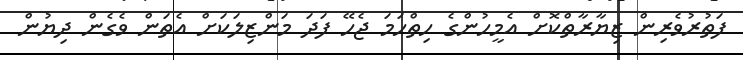
ފަތުރުވެރިން ޒިޔާރާތްކޮށް އެމީހުންގެ ހިތްހަމަ ޖެހޭ ފަދަ މަންޒިލަކަށް އެތަން ވެގެން ދިޔުން